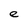
Character: e